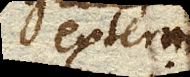
aeris